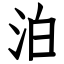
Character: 泊